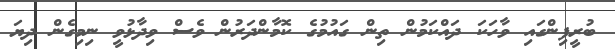
ބުރީފިންގައި ވާހަކަ ދައްކަމުން ތިން ގައުމުގެ ކޮމާންދަރުން ވެސް ވިދާޅުވީ ނިމިގެން ދިޔަ